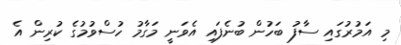
މި އަމުރުގައި ސާފު ބަހުން ބުނެފައި އެވަނީ މަގާމު ހުސްވުމުގެ ކުރިން އެ